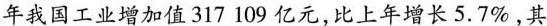
年我国工业增加值317109亿元，比上年增长5.7%，其